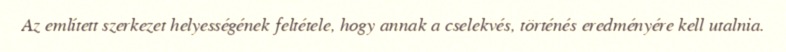
Az említett szerkezet helyességének feltétele, hogy annak a cselekvés, történés eredményére kell utalnia.